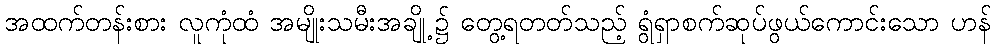
အထက်တန်းစား လူကုံထံ အမျိုးသမီးအချို့၌ တွေ့ရတတ်သည့် ရွံရှာစက်ဆုပ်ဖွယ်ကောင်းသော ဟန်